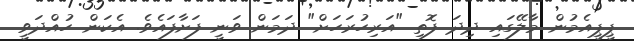
ޕީޕީއެމުން މާލޭގައި ދިދަ ފޮތި "އަރިހުރަހަށް" ދަމަން ވަނީ ފަށާފައެވެ. އެކަން ހުއްދަވީ